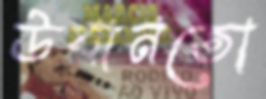
উবানতো